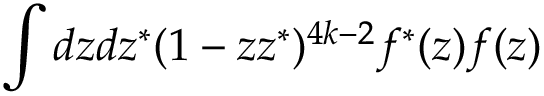
\int d z d z ^ { * } ( 1 - z z ^ { * } ) ^ { 4 k - 2 } f ^ { * } ( z ) f ( z )